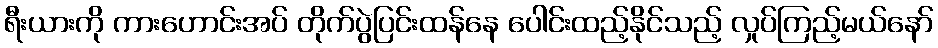
ရီးယားကို ကားဟောင်းအပ် တိုက်ပွဲပြင်းထန်နေ ပေါင်းထည့်နိုင်သည့် လှုပ်ကြည့်မယ်နော်